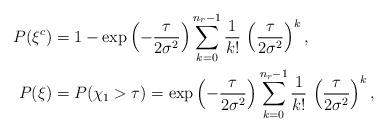
LaTeX: \begin{align*}P(\xi^{c}) & =1-\exp\left(-\frac{\tau}{2\sigma^{2}}\right)\sum_{k=0}^{n_{r}-1}\frac{1}{k!}\,\left(\frac{\tau}{2\sigma^{2}}\right)^{k},\\P(\xi) & =P(\chi_{1}>\tau)=\exp\left(-\frac{\tau}{2\sigma^{2}}\right)\sum_{k=0}^{n_{r}-1}\frac{1}{k!}\,\left(\frac{\tau}{2\sigma^{2}}\right)^{k},\end{align*}